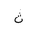
Letter: _tha